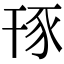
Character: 𧰪